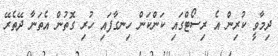
ދިމާވީ ކުރިން އެ ރިސޯޓްގައި ކަންކަން ހިނގާފައި ހުރި ގޮތުން އެތަނާ ދޭތެރޭ